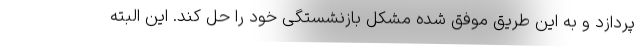
پردازد و به این طریق موفق شده مشکل بازنشستگی خود را حل کند. این البته